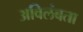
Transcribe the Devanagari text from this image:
अविलंबता